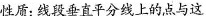
性质：线段垂直平分线上的点与这